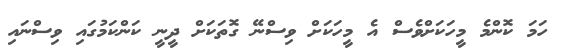
ހަމަ ކޮންމެ މީހަކަށްވެސް އެ މީހަކަށް ވިސްނޭ ގޮތަކަށް ދީނީ ކަންކަމުގައި ވިސްނައި